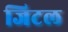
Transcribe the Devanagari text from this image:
जिटल